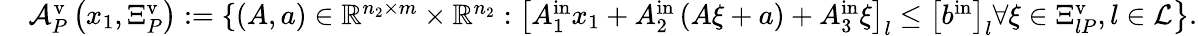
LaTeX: \begin{array}{rl}&{{\mathcal A}_{P}^{\mathrm{v}}\left(x_{1},\Xi_{P}^{\mathrm{v}}\right):=\{ \left(A,a\right)\in{\mathbb R}^{n_{2}\times m}\times{\mathbb R}^{n_{2}}:\left.\left[A_{1}^{\mathrm{in}}x_{1}+A_{2}^{\mathrm{in}}\left(A{\xi}+a\right)+A_{3}^{\mathrm{in}}{\xi}\right]_{l}\leq\left[b^{\mathrm{in}}\right]_{l}\forall{\xi}\in\Xi_{lP}^{\mathrm{v}},l\in{\mathcal L}\right\} .}\end{array}